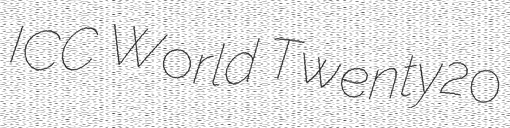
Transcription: ICC World Twenty20